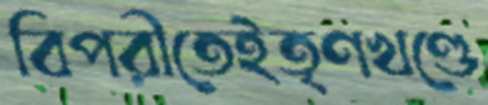
বিপরীতেইতৃণখণ্ডে